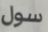
سول